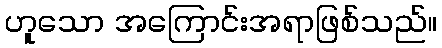
ဟူသော အကြောင်းအရာဖြစ်သည်။